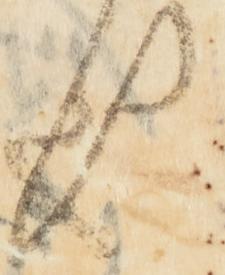
也